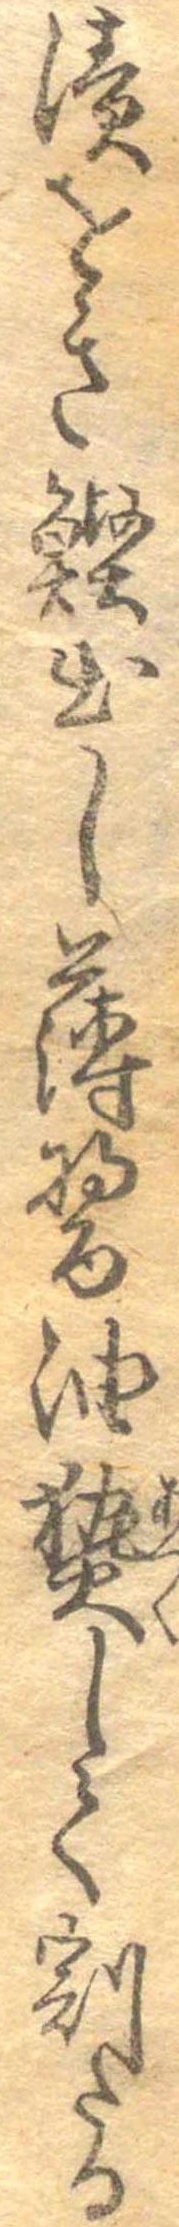
漬をき鰹出し薄醤油熱して割たる